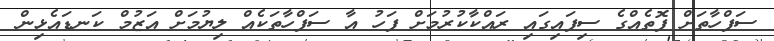
ސަފްހާތަށް ފޮތެއްގެ ސިފައިގައި ރައްކާކުރުމަށް ފަހު އާ ސަފްހާތަކެއް ލިޔުމަށް އަޒުމް ކަނޑައެޅިން